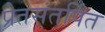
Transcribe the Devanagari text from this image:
प्रेतसंतर्पित